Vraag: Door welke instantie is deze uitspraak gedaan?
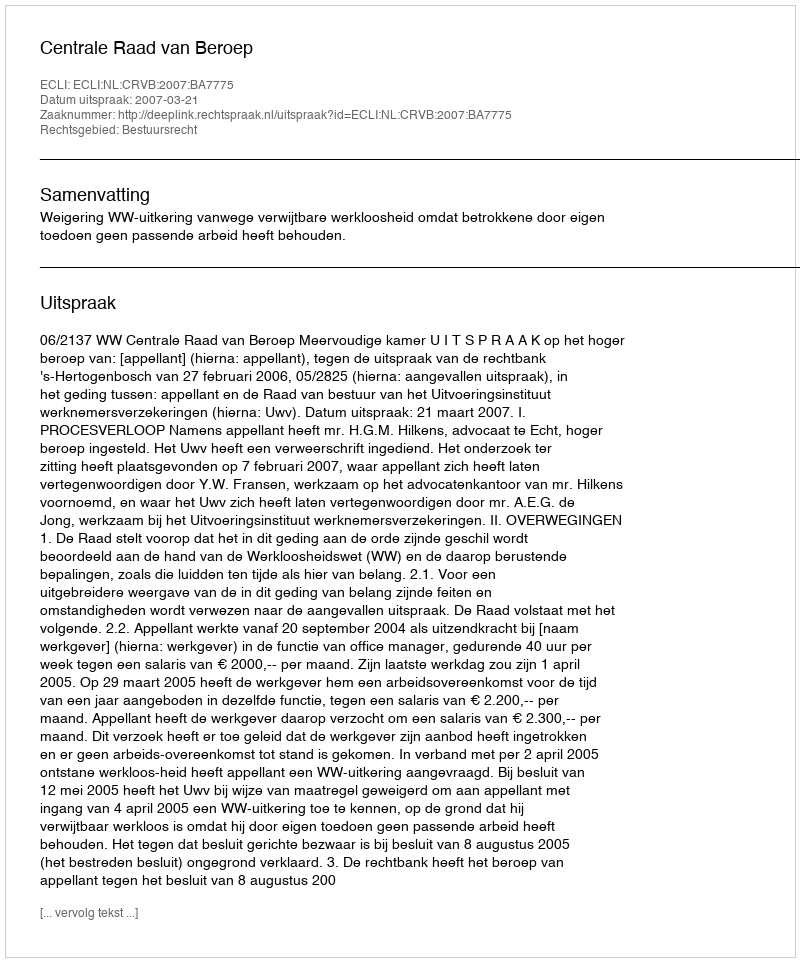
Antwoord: Centrale Raad van Beroep